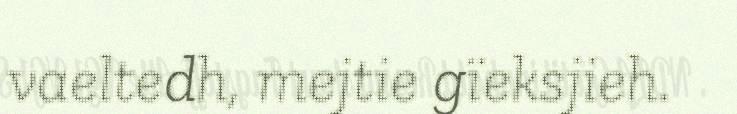
vaeltedh, mejtie gïeksjieh.